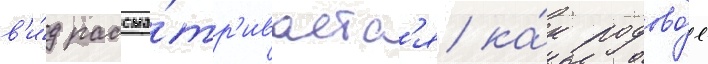
в'и́д рассма́тр'иваетс'я ка́к родово́е